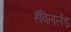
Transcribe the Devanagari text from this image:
हॅविललँड